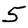
Digit: 5